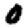
Digit: 0